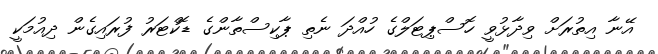
އޭނާ އިތުރަށް ވިދާޅުވީ ހޮސްޕިޓަލްގެ ހުއްދަ ނެތި ޕާކިސްތާންގެ ޑޮކްޓަރު ފުރައިގެން ދިއުމަކީ